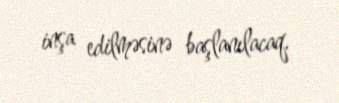
inşa edilməsinə başlanılacaq.